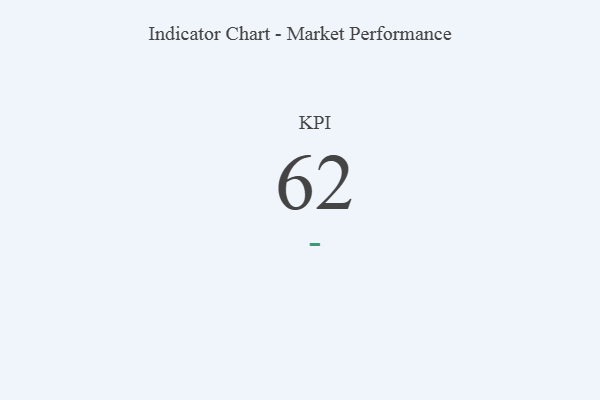
{"axis": {"x": "KPI", "y": "Value"}, "legend": [""], "data": [{"x": "KPI", "y": 62, "type": ""}]}